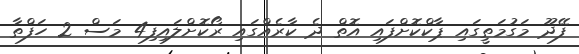
ފޭދޫ މަގުމަތީގައި ޕާކްކޮށްފައި އޮތް ދެ ކާރެއްގައި ރޯކޮށްލައިފި4 މަސް 2 ހަފްތާ